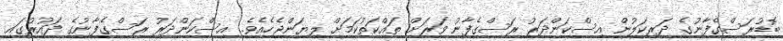
ބޮޑުރަސްގެފާނުގެ ދަރިކަލުން އިސްކަންދަރު ރަސްގެފާނު ވަރަށް ތައްކަތުކަމަށް ލިޔަންޖެހެއެވެ. އިސްކަންދަރު ރަސްގެފާނުގެ ދައުރުގައި